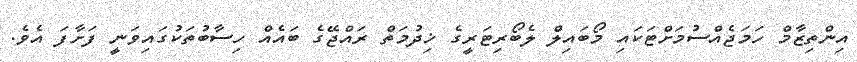
އިންތިޒާމް ހަމަޖެއްސުމަށްޓަކައި މޯބައިލް ލެބޯރިޓަރީގެ ޚިދުމަތް ރައްޖޭގެ ބައެއް ހިސާބުތަކުގައިވަނީ ފަށާފަ އެވެ.